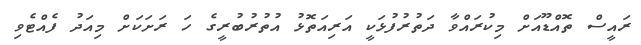
ރައީސް ތޮއްޑޫއަށް މިކުރައްވާ ދަތުރުފުޅަކީ އަރިއަތޮޅު އުތުރުބުރީގެ ހަ ރަށަކަށް މިއަދު ފެއްޓެވި